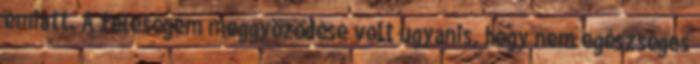
emiatt. A feleségem meggyőződése volt ugyanis, hogy nem egészséges